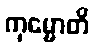
ကုမ္မောတိ